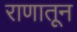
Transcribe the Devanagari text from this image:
राणातून